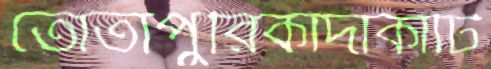
তোতাপুরিকাদাকাটি